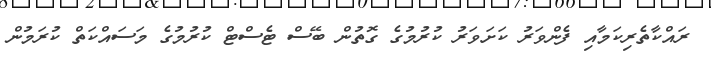
ރައްކާތެރިކަމާއި ފެންވަރު ކަށަވަރު ކުރުމުގެ ގޮތުން ބޭސް ޓެސްޓް ކުރުމުގެ މަސައްކަތް ކުރަމުން